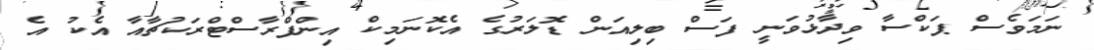
ނަމަވެސް ޕަކްސާ ވިދާޅުވަނީ ފަސް ބިލިއަން ޑޮލަރުގެ އެކޮނަމިކް އިންފްރާސްޓްރަކުޗާއާ އެކު އެ